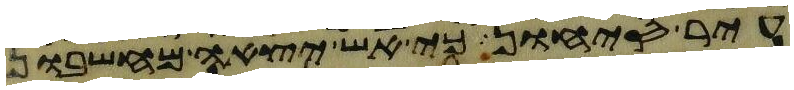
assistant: עיר סיחון כי אש יצאה מחשבון